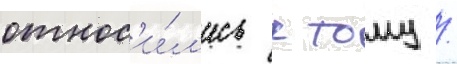
относ'и́л'ись к тому /